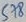
Text: 578